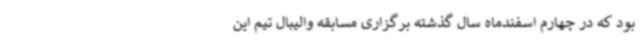
بود که در چهارم اسفندماه سال گذشته‌ برگزاری مسابقه والیبال تیم این